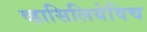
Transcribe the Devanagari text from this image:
व्हासिलियेविच